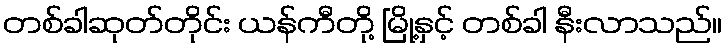
တစ်ခါဆုတ်တိုင်း ယန်ကီတို့ မြို့နှင့် တစ်ခါ နီးလာသည်။